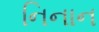
નિનાન